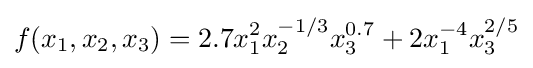
f(x_{1},x_{2},x_{3})=2.7x_{1}^{2}x_{2}^{-1/3}x_{3}^{0.7}+2x_{1}^{-4}x_{3}^{2/5}